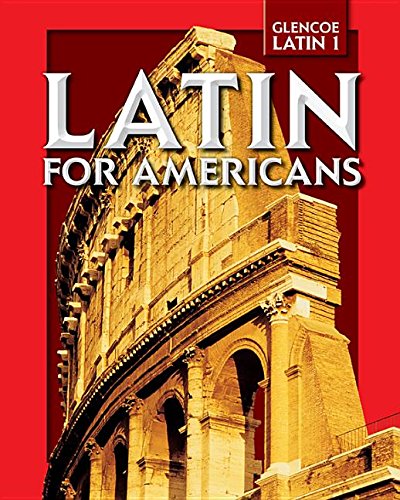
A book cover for Latin for Americans; B. L. Ullman; Teen & Young Adult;